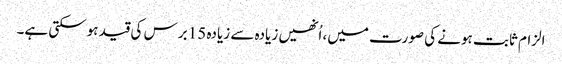
الزام ثابت ہونے کی صورت میں، اُنھیں زیادہ سے زیادہ 15 برس کی قید ہوسکتی ہے۔